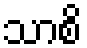
သာစိ